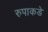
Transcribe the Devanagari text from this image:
रुपाकडे